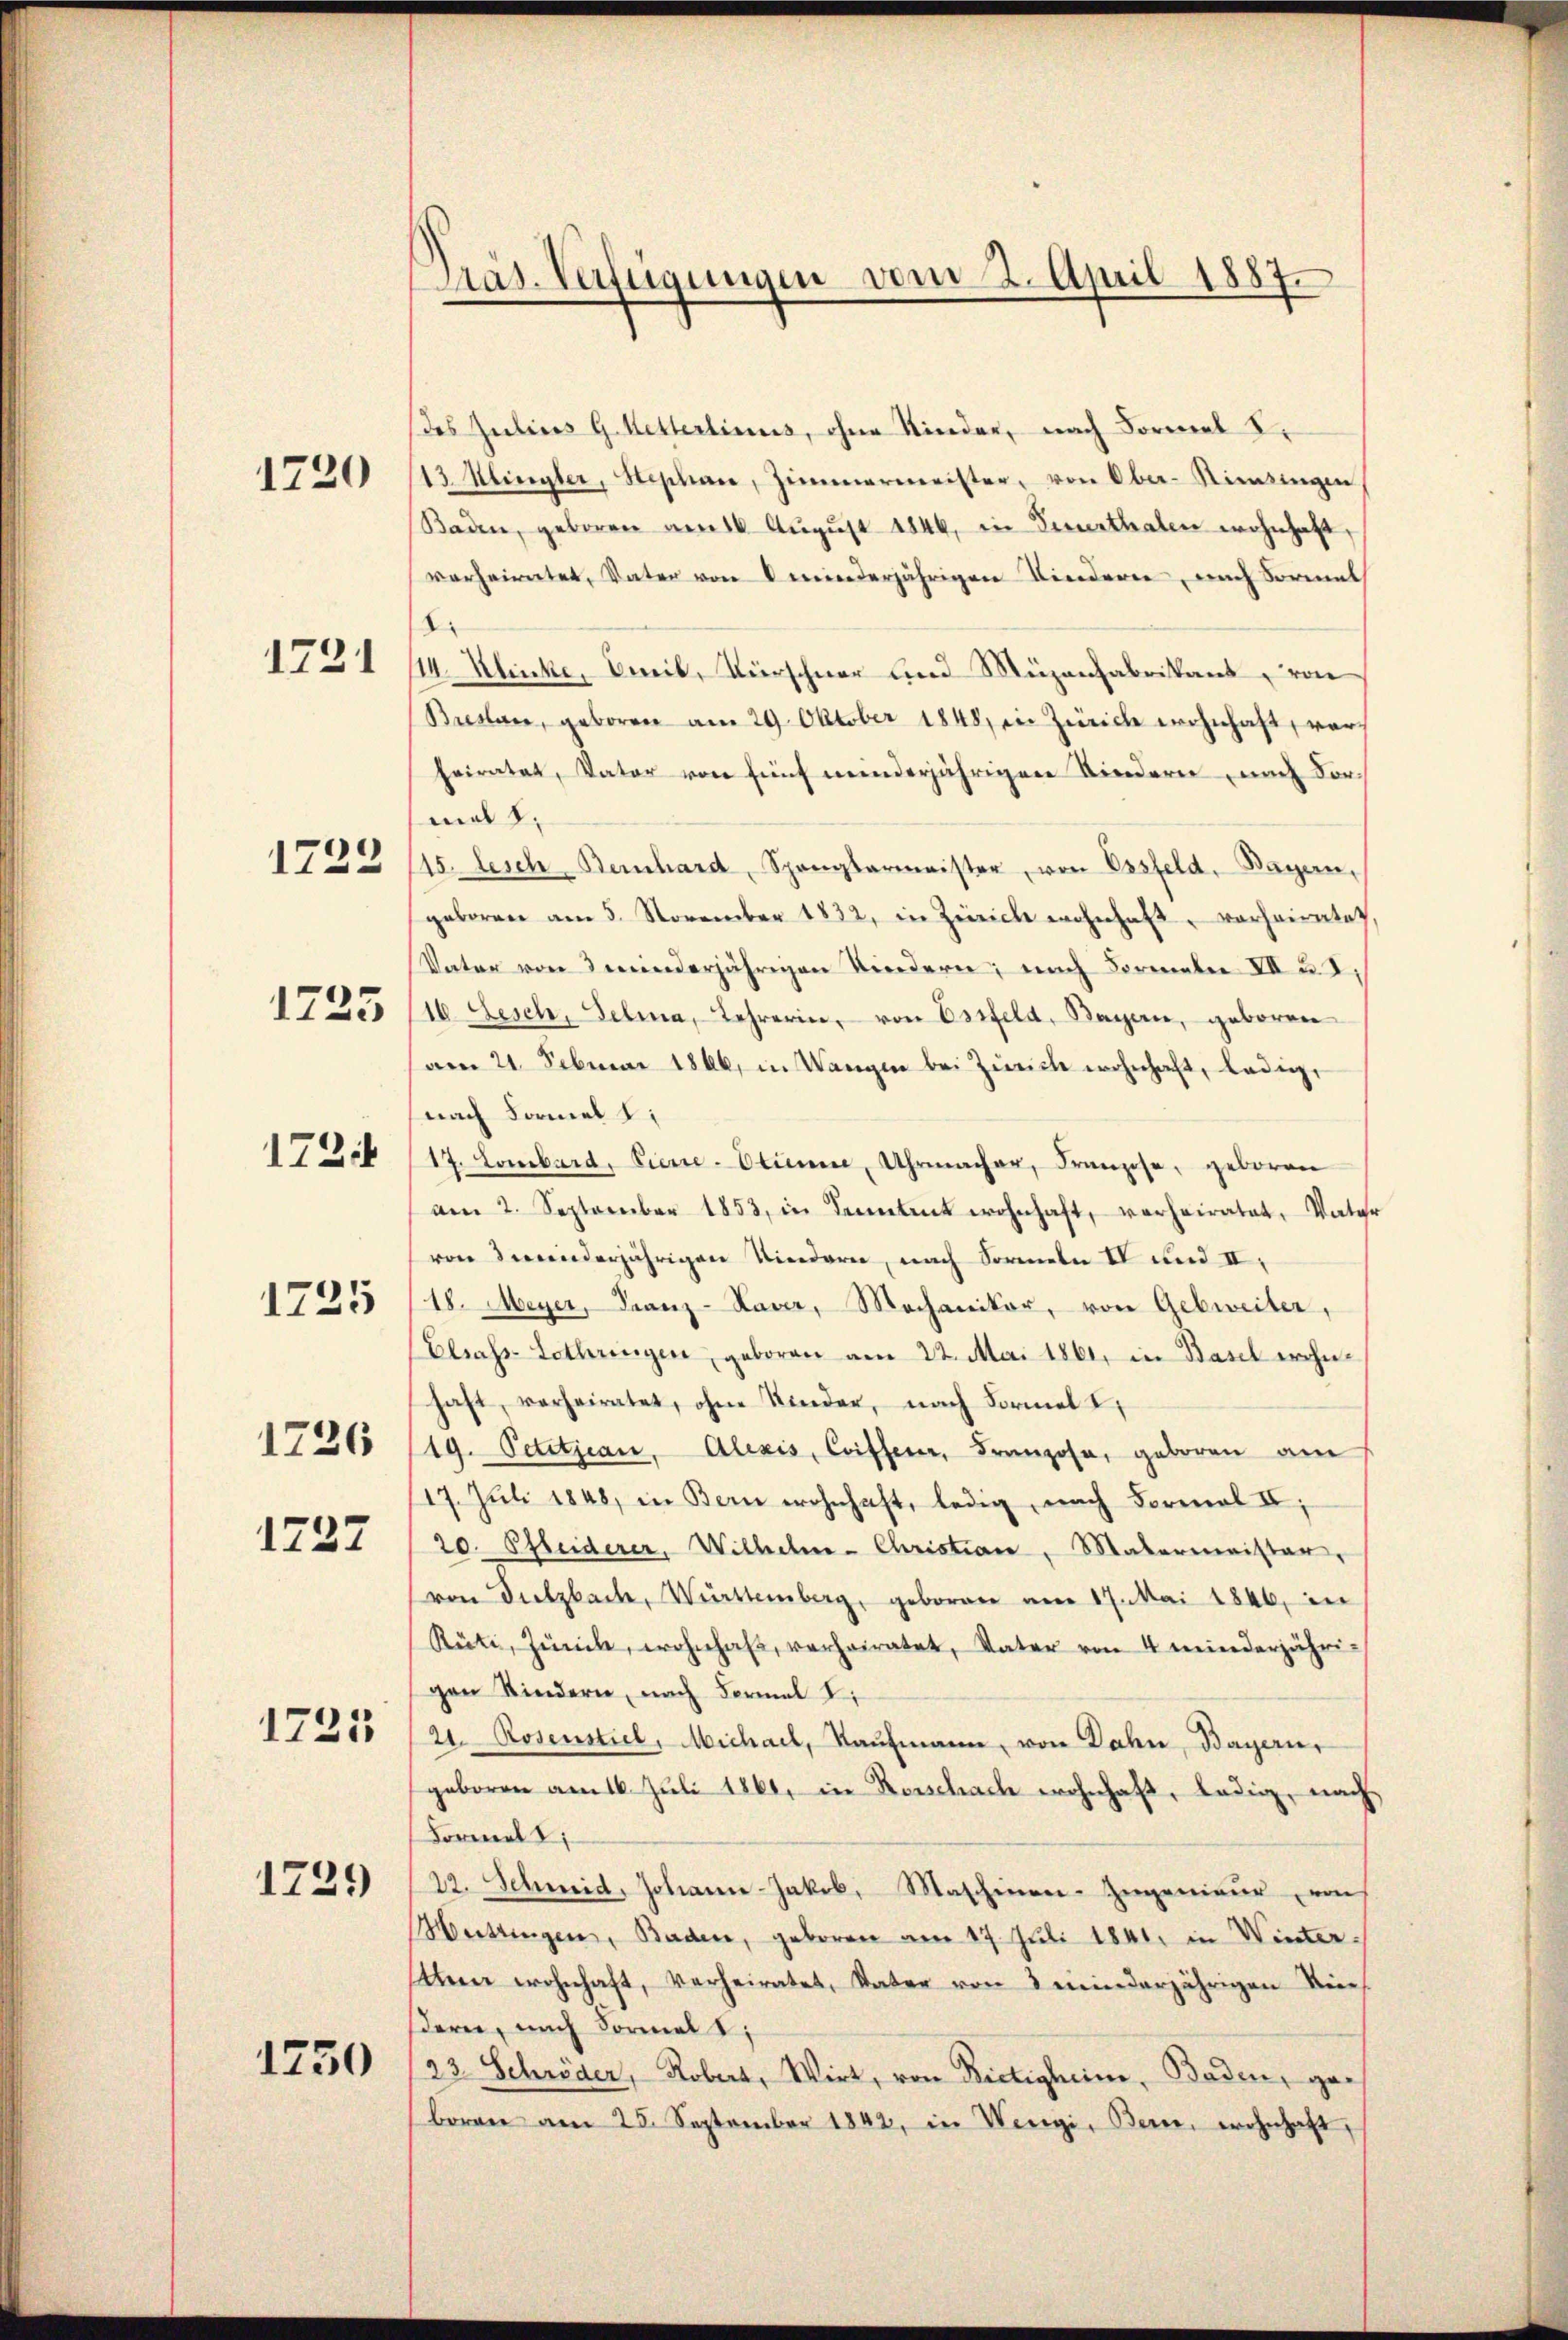
1220

1721

1723

1725

172

1725

1726

1727

1725

1729

1750

Präs. Verfügungen vom 2. April 1887.

des Julius G. Ketterlinus, ohne Kinder, nach Formel Er
13 Klingter, Stephan, Zimmermeister, von Ober-Simsingen
Baden, geboren am 16. Aŭgŭst 1844, in Berthalen wohnhaft,
verheiratet, Vater von minderjährigen Kinderen, nach Sormat
14. Klincke, mit, Kürschner und Müzenfabrikant, von
Brester, geboren am 29. Oktober 1848 in Zürich wohnhaft, vorheiratet, Vater von fünf minderjährigen Kindern nach Vor-
mal 1.
15. besch. Bernhard, Spanglermeister, von Essfeld, Bayern,
geboren am 5. November 1832, in Zürich wohnhaft, vorheiratet
Vater von 3 meinderjährigen Kindern, nach Formaler XII u. 2.
16. Lesch, Gelina, Lehrerin, von Essfeld, Bayern, geboren
am 21. Februar 1866, in Wangen bei Zürich wohnhaft, ledig,
nach Formel t
17. Lombard, Tiere-Otium, Uhrmacher, Franzose, geboren
am 2. September 1853, in Seitet wohnhaft, verheiratet, Vater
von Feinderjährigen Kindern, nach Sormeln IV und II,
18. Meyer, Franz-Haver, Mechaniker, von Gebreiter,
Elsass-Lothringen, geboren am 22. Mai 1861, in Basel wohnhaft, verheiratet, ohne Kinder, nach Formel I
19. Petitjean, Alexis, Coifferer, Franzosa, geboren am
17. Juli 1848, in Bern wohnhaft, ledig, nach Formal II,
20. Pfleiderer, Wilhelm- Christian, Matermaister,
von Fielzbach, Württemberg, geboren am 17. Mai 1846, in
Rütz, Zürile, wohnhaft, verheiratet, Vater von 4 meinderjähri-
gen Kindern, nach Formal
2. Rosenstiel, Michael, Kaufmann, von Jahn, Bayern,
geboren am 16. Juli 1861, in Rorschach wohnhaft, ledig, nach
Formal
22. Schmid, Johann-Jakob, Maschinen-Zugenieŭr von
Hessingen, Baden, geboren am 17. Juli 1841, in Wintertem wohnhaft, verheiratet, Vater von 3 minderjährigen Vie
dern, nach Formals,
23. Schröder, Robert, Wirt, von Bietigheim, Baden, geboren am 25. September 1842, in Wengi, Bern, wohnhaft,